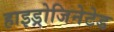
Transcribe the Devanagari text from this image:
हाइड्रोजिनेटेड